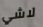
لاشي